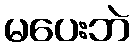
မပေးဘဲ